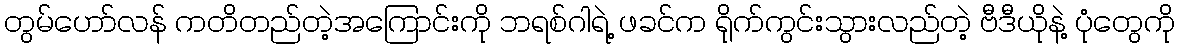
တွမ်ဟော်လန် ကတိတည်တဲ့အကြောင်းကို ဘရစ်ဂါရဲ့ ဖခင်က ရိုက်ကွင်းသွားလည်တဲ့ ဗီဒီယိုနဲ့ ပုံတွေကို